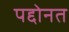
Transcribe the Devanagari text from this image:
पद्दोनत